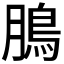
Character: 𩿊